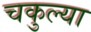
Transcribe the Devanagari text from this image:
चकुल्या